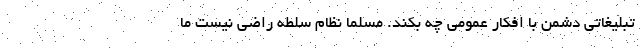
تبلیغاتی دشمن با افکار عمومی چه بکند. مسلماً نظام سلطه راضی نیست ما